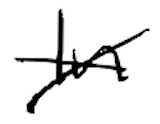
Text: In
Cross-out: cross
Writing tool: digital_black